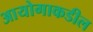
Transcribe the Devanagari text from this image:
आयोगाकडील